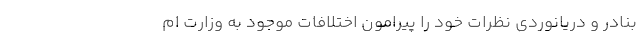
بنادر و دریانوردی نظرات خود را پیرامون اختلافات موجود به وزارت ام